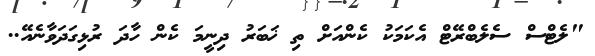
"ލެޓްސް ސެލެބްރޭޓް އެކަމަކު ކެންއަށް ތި ޚަބަރު ދިނީމަ ކެން ހާދަ ރުޅިގަދަވާނެއޭ..